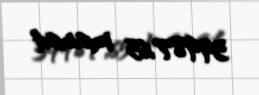
39987,65 manat